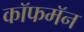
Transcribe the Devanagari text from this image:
कॉफमॅन